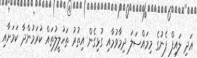
އަދި ލައިފް ފެނުގެ މިމައްސަލަ ދިމާވުމާއި ގުޅިގެން އިތުރު ތަހުލީލުތައް ކުރަމުންދާ ކަމަށާއި